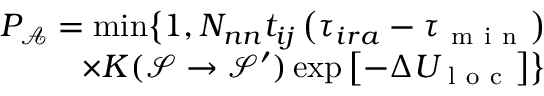
\begin{array} { r } { P _ { \mathcal { A } } = \operatorname* { m i n } \bigr \{ 1 , N _ { n n } t _ { i j } \left( \tau _ { i r a } - \tau _ { \mathrm { ~ m ~ i ~ n ~ } } \right) } \\ { \times K ( \mathcal { S } \rightarrow \mathcal { S } ^ { \prime } ) \exp \left[ - \Delta U _ { \mathrm { ~ l ~ o ~ c ~ } } \right] \bigr \} } \end{array}